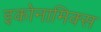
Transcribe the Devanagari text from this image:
इकोनामिक्स